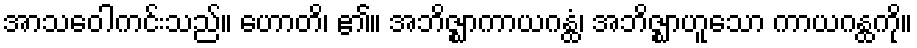
အာသဝေါကင်းသည်။ ဟောတိ၊ ၏။ အဘိဇ္ဈာကာယဂန္ထံ၊ အဘိဇ္ဈာဟူသော ကာယဂန္ထကို။